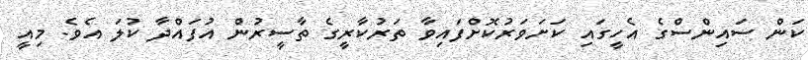
ކަން ސައިންސްގެ އެހީގައި ކަށަވަރުކޮށްފައިވާ ތަރުކާރީގެ ތާސީރުން އުފައްދާ ކުލަ އެވެ. މިއީ